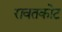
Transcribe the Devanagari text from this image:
रावतकोट